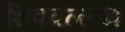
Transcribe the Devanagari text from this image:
शिववल्लभ